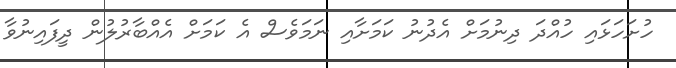
ހުށަހަޅައި ހުއްދަ ދިނުމަށް އެދުނު ކަމަށާއި ނަމަވެސް އެ ކަމަށް އެއްބާރުލުން ދީފައިނުވާ